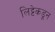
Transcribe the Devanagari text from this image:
लिट्टेकडून